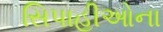
સિપાહીઓના